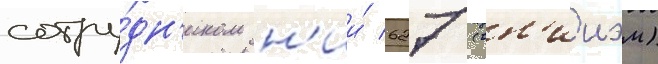
сотру́дн'иком н'ии́ 627 (вн'ииэм)